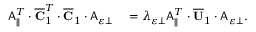
\begin{array} { r l } { \mathsf { A } _ { \parallel } ^ { T } \cdot \overline { { \mathbf { C } } } _ { 1 } ^ { T } \cdot \overline { { \mathbf { C } } } _ { 1 } \cdot \mathsf { A } _ { \varepsilon \perp } } & { { } = \lambda _ { \varepsilon \perp } \mathsf { A } _ { \parallel } ^ { T } \cdot \overline { { \mathbf { U } } } _ { 1 } \cdot \mathsf { A } _ { \varepsilon \perp } . } \end{array}